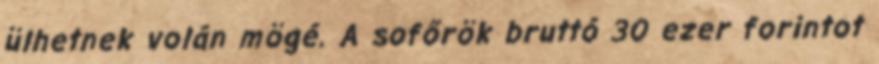
ülhetnek volán mögé. A sofőrök bruttó 30 ezer forintot